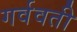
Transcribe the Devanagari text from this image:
गर्ववती